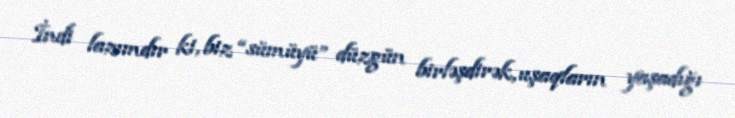
İndi lazımdır ki, biz “sümüyü” düzgün birləşdirək, uşaqların yaşadığı